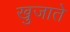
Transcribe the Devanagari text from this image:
खुजाते